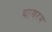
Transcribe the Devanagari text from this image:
थायरम